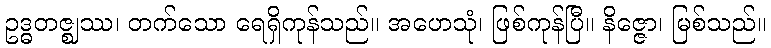
ဥဒ္ဓတဇ္ဈဿ၊ တက်သော ရေရှိကုန်သည်။ အဟေသုံ၊ ဖြစ်ကုန်ပြီ။ နိဇ္ဇော၊ မြစ်သည်။